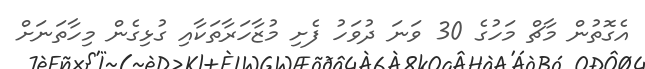
އެގޮތުން މާޗް މަހުގެ 30 ވަނަ ދުވަހު ފެށި މުޒާހަރާތަކާއި ގުޅިގެން މިހާތަނަށް